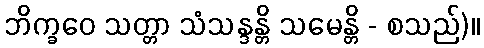
ဘိက္ခဝေ သတ္တာ သံသန္ဒန္တိ သမေန္တိ - စသည်)။